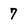
Character: 7